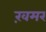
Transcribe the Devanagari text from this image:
ख़मर